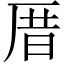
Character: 厝